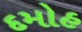
દમોહ